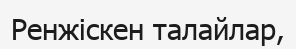
Ренжіскен талайлар,